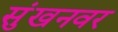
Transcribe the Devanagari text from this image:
सुंखनवर